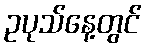
ဥပုသ်နေ့တွင်